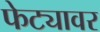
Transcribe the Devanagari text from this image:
फेट्यावर